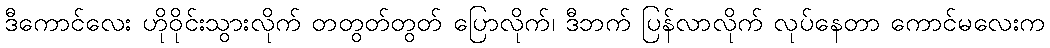
ဒီကောင်လေး ဟိုဝိုင်းသွားလိုက် တတွတ်တွတ် ပြောလိုက်၊ ဒီဘက် ပြန်လာလိုက် လုပ်နေတာ ကောင်မလေးက